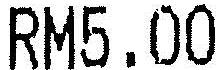
RM5.00